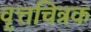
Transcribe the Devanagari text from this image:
वृत्तचित्रक